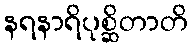
နရနာရိပုစ္ဆိတာတိ